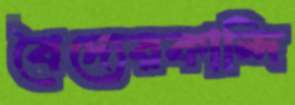
বৈদ্যেরকান্দি